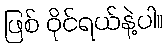
ဖြစ် ဝိုင်ရယ်နဲ့ပါ။